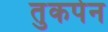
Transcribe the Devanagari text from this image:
तुकपेन